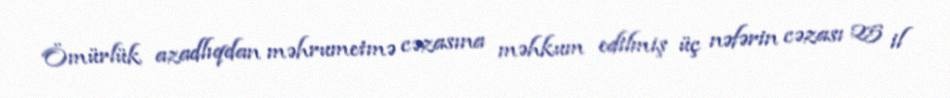
Ömürlük azadlıqdan məhrumetmə cəzasına məhkum edilmiş üç nəfərin cəzası 25 il